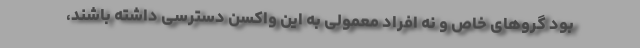
بود گروهای خاص و نه افراد معمولی به این واکسن دسترسی داشته باشند،